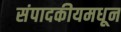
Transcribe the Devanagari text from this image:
संपादकीयमधून